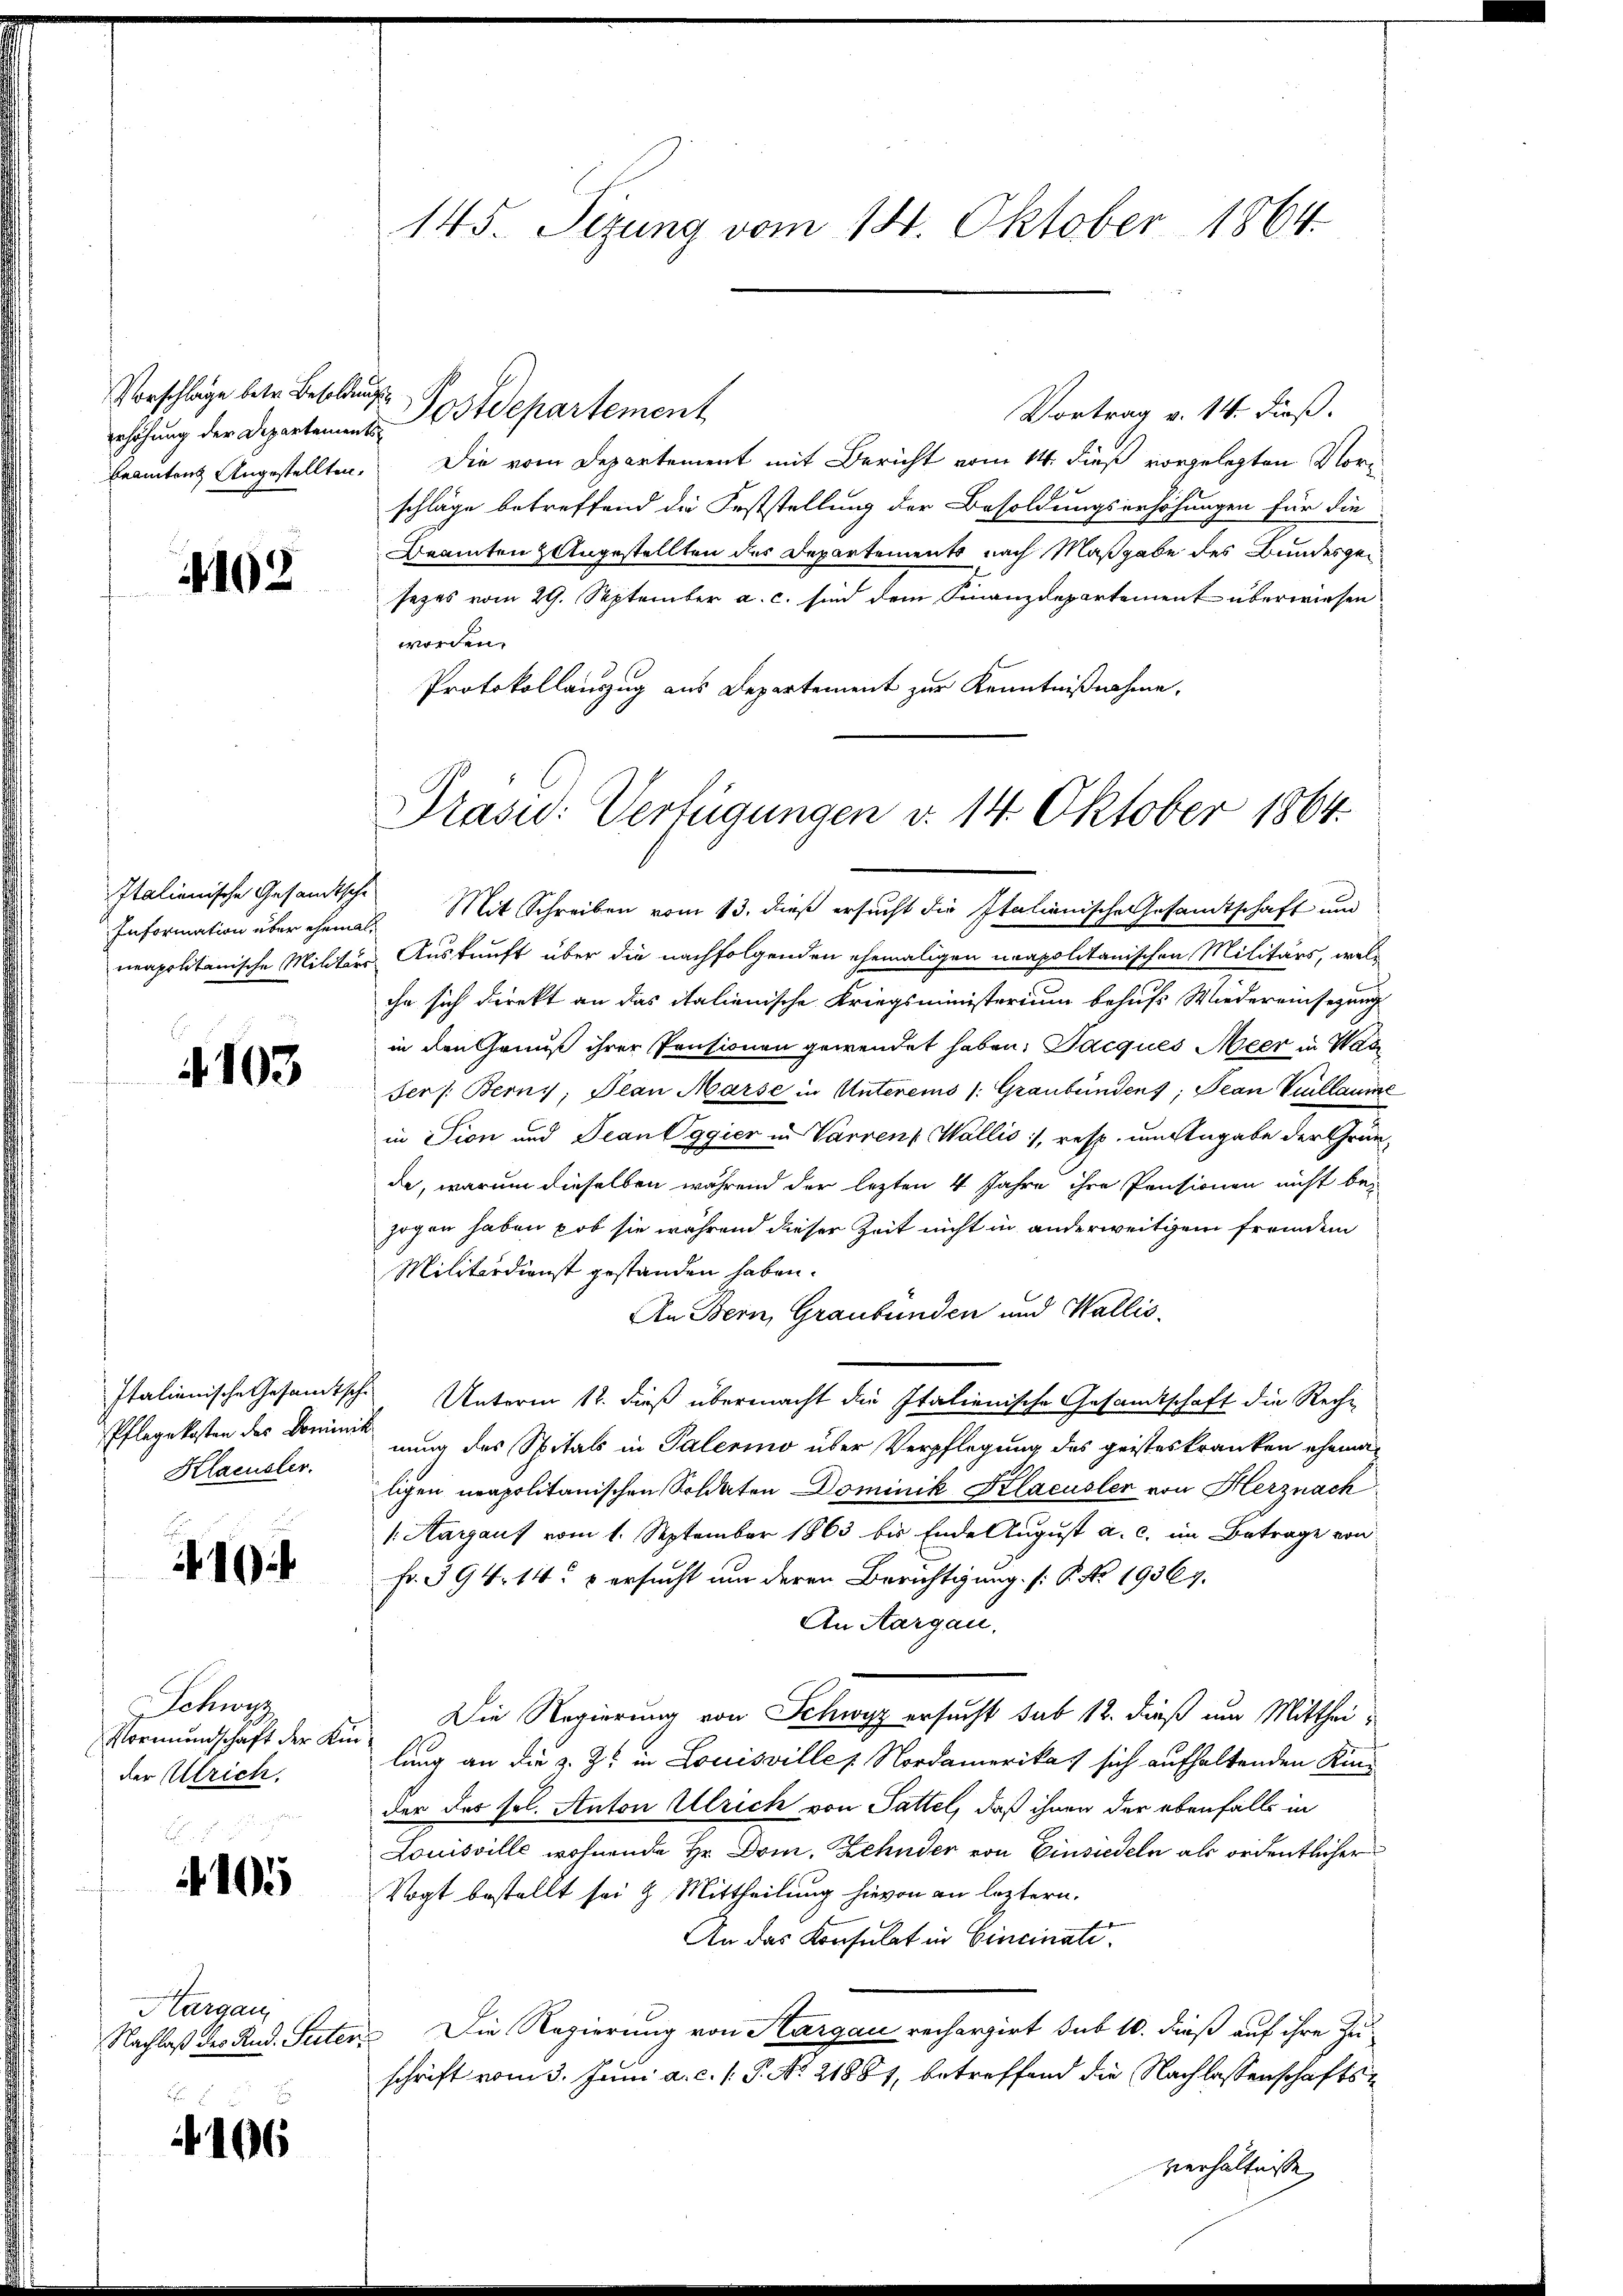
Erhöhung der Departements¬
Beamten Angestellten.

4102

Italienische Gesandtsche

4103

Pflegekosten des Dominik
Klacusler.

10

Schwyz,
Vormundschaft der Kinder Ulrich.

105

Hargau,

106

145. Sezung vom 14. Oktober 1864.

Vorschläge betr. Besoldung Postdepartement
Vortrag v. 14. dieß.
Die vom Departement mit Bericht vom 14. dieß vorgelegten Vorschläge betreffend die Feststellung der Besoldungserhöhungen für die
Beamten Angestellten des Departements nach Maßgabe des Bundesgesezes vom 29. September a. c. sind dem Finanzdepartement überwiesen
worden.
Protokollauszug aus Departement zur Kenntnißnahme,

Prasid: Verfügungen v. 14. Oktober 1864.

Information über ehemas Mit Schreiben vom 13. dieß ersucht die Italienische Gesamtschaft und
neapolitanische Militärs Auskunft über die nachfolgenden ehemaligen neapolitanischen Militärs, welc
ihr sich direkt an das italienische Kriegsministerium behufs Wiedereinsezung
in den Genus ihrer Pensionen gewendet haben. Jacques Meer in Wage
Ser /: Berns, Plan Marse in Unterems /: Graubündens; Jean Kullaume
in Tion und Jean Vggier in Varren Wallis, resp. um Angabe der Gründe, warum dieselben während der lezten 4 Jahre ihre Pensionen nicht bezogen haben, ob sie während dieser Zeit nicht in anderweitigem fremdem
Militärdienst gestanden haben.
An Bern, Graubünden und Wallis.
Italienische Gesamtsche Unterm 12. dieß übermacht die Italienische Gesamtschaft die Recht
nung des Spitals in Palerino über Verpflegung des geisteskranken ehemaligen neapolitanischen Soldaten Dominik Klacusler von Herznach
v. Aargaus vom 1. September 1863 bis Ende August a. c. im Betrage von
Fr. 394. 14. 5 ersucht um deren Berichtigung. (: P. Nr. 19369.
An Aargau.
Die Regierung von Schwyz ersucht sub 12. dieß um Mittheilang an die z. Z. in Louisviller Nordamerika) sich aufhaltenden Kinder des sol. Anton Ulrich von Sattel, daß ihnen der ebenfalls in
Louisville wohnende Hr. Dom. Zehnder von Einsiedeln als ordentlicher
Vogt bestellt sei & Mittheilung hievon an leztern.
An das Konsulat in Cincinati
Nachlaß der Rud. Suter. Die Regierung von Aargau rechargirt sub 10. dieß auf ihre Zuschrift vom 3. Juni a. c. s. P. No. 21881, betreffend die Nachlassenschaftsverhältnisse